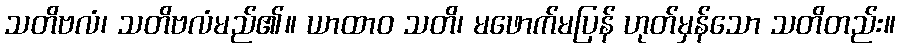
သတိဗလံ၊ သတိဗလံမည်၏။ ယာထာဝ သတိ၊ မဖောက်မပြန် ဟုတ်မှန်သော သတိတည်း။